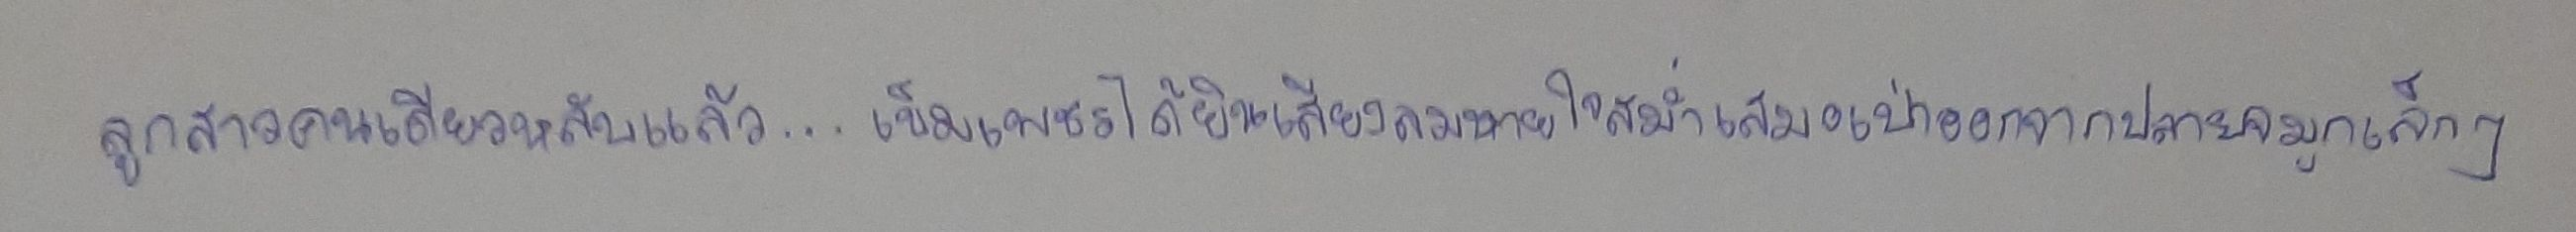
ลูกสาวคนเดียวหลับแล้ว...เข็มเพชรได้ยินเสียงลมหายใจสม่ำเสมอเป่าออกจากปลายจมูกเล็กๆ